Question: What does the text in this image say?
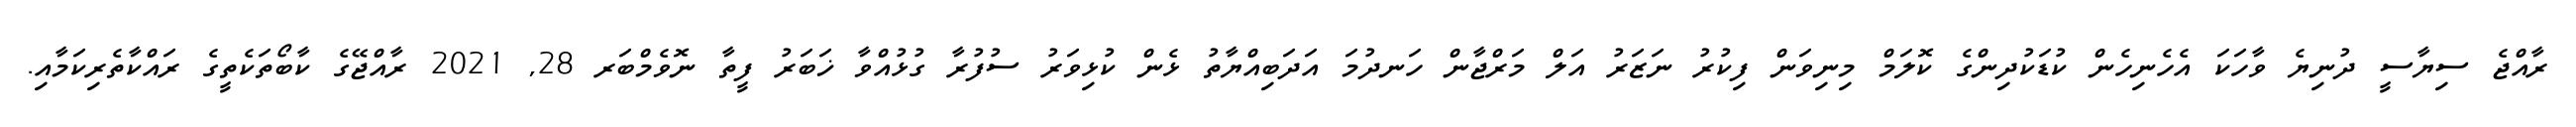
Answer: ރާއްޖެ ސިޔާސީ ދުނިޔެ ވާހަކަ އެހެނިހެން ކުޑަކުދިންގެ ކޮލަމް މިނިވަން ފިކުރު ނަޒަރު އަލް މަރްޖާން ހަނދުމަ އަދަބިއްޔާތު ޅެން ކުޅިވަރު ސުފުރާ ގުޅުއްވާ ޚަބަރު ފީތާ ނޮވެމްބަރ 28, 2021 ރާއްޖޭގެ ކާބޯތަކެތީގެ ރައްކާތެރިކަމާއި.